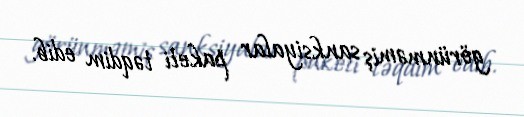
görünməmiş sanksiyalar paketi təqdim edib.